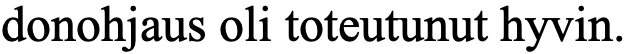
donohjaus oli toteutunut hyvin.